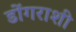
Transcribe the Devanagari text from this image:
डोंगराशी